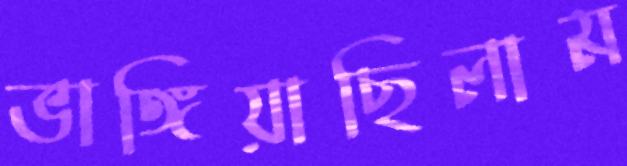
ভাঙ্গিয়াছিলাম